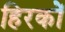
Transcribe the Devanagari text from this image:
हिरकों